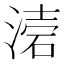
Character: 𭱥